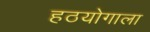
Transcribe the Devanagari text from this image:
हठयोगाला